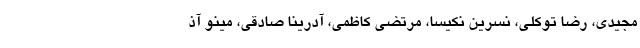
مجیدی، رضا توکلی، نسرین نکیسا، مرتضی کاظمی، آدرینا صادقی، مینو آذ